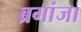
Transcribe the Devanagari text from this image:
ब्रगांजा